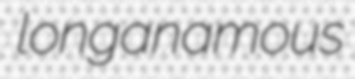
longanamous